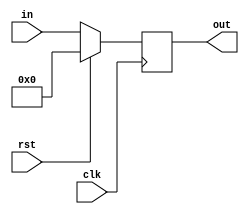
module PC(clk,rst,in,out);
	input clk,rst;
	input [31:0] in;
	output reg [31:0]out;
	always @(posedge clk) begin
		if(rst)
			out <= 32'd0;
		else
			out <= in;
	end
endmodule